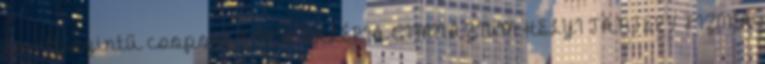
emelt szintű csoport KOCH VALÉRIA GIMNÁZIUM HELYI TANTERV FIZIKA